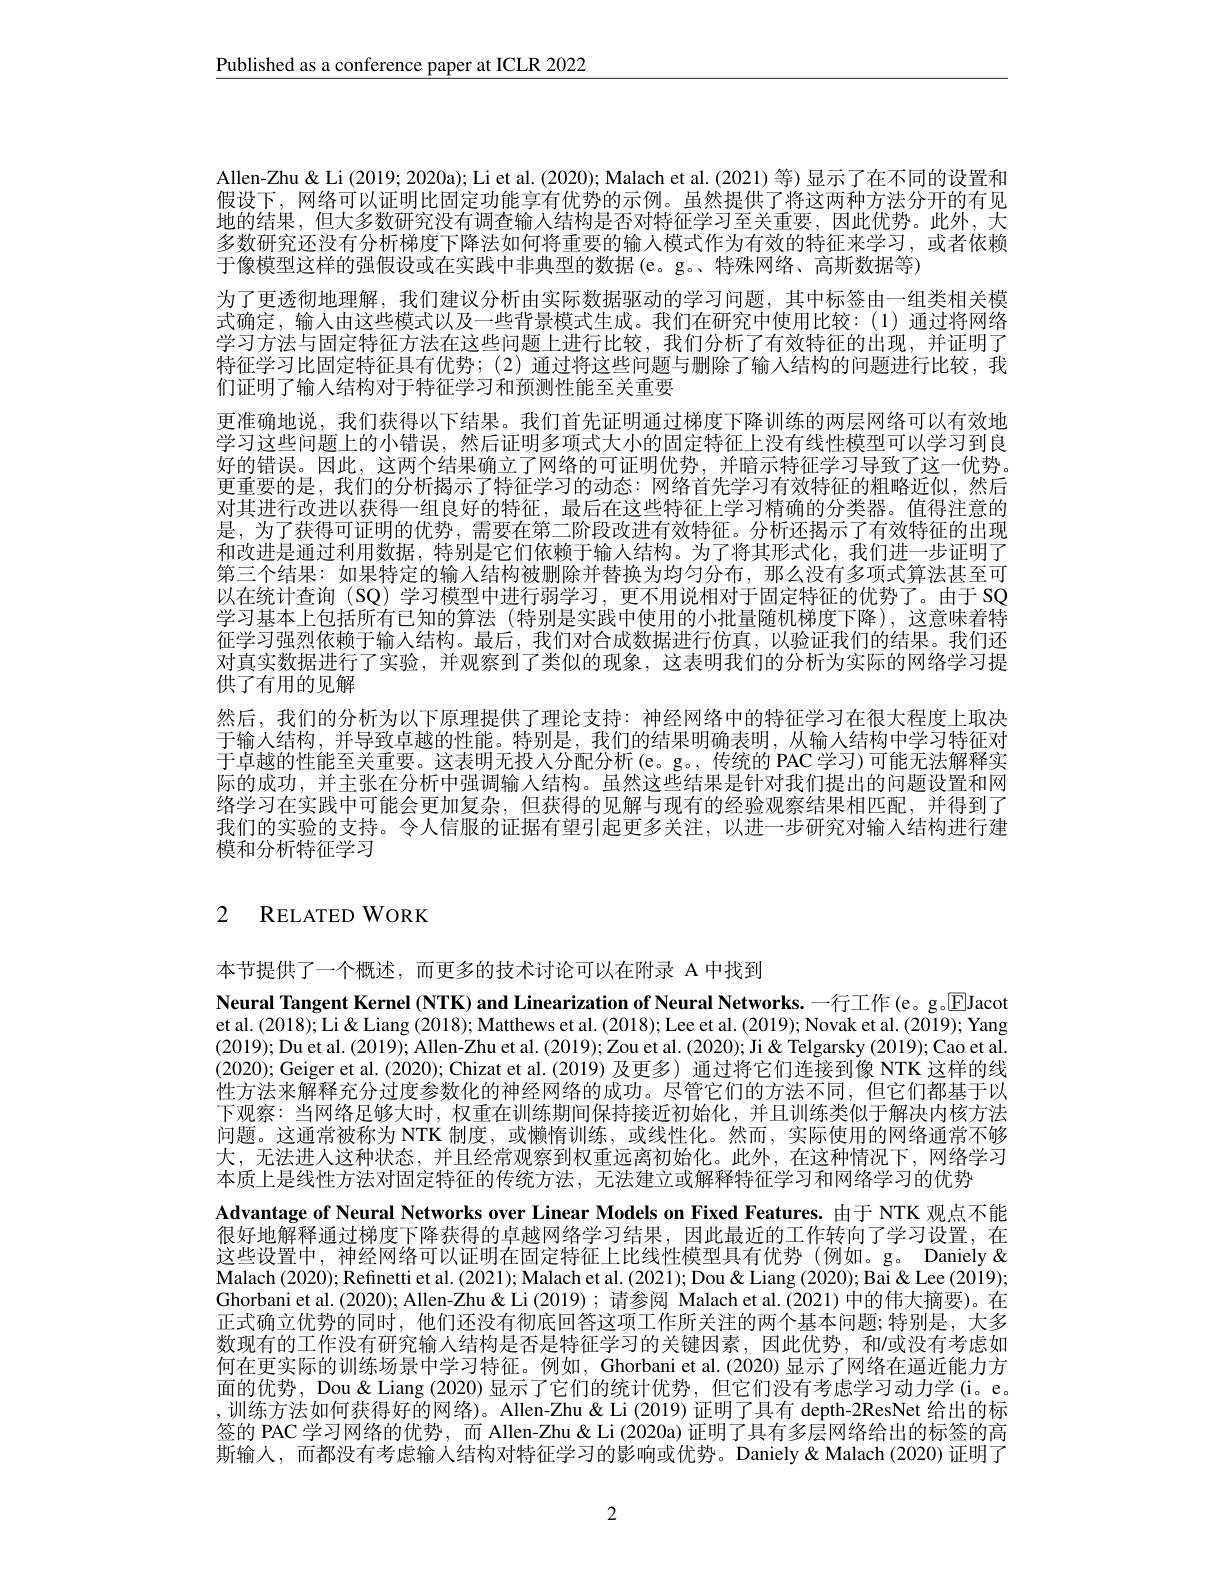
Published as a conference paper at ICLR 2022

Allen-Zhu& Li (2019; 2020a); Li et al. (2020); Malach et al. (2021) 等) 显示了在不同的设置和假设下，网络可以证明比固定功能享有优势的示例。虽然提供了将这两种方法分开的有见地的结果，但大多数研究没有调查输入结构是否对特征学习至关重要，因此优势。此外，大多数研究还没有分析梯度下降法如何将重要的输人模式作为有效的特征来学习，或者依赖于像模型这样的强假设或在实践中非典型的数据(e。g。、特殊网络、高斯数据等)
为了更透彻地理解，我们建议分析由实际数据驱动的学习问题，其中标签由一组类相关模式确定，输入由这些模式以及一些背景模式生成。我们在研究中使用比较：(1)通过将网络学习方法与固定特征方法在这些问题上进行比较，我们分析了有效特征的出现，并证明了特征学习比固定特征具有优势；(2)通过将这些问题与删除了输入结构的问题进行比较，我们证明了输入结构对于特征学习和预测性能至关重要
更准确地说，我们获得以下结果。我们首先证明通过梯度下降训练的两层网络可以有效地学习这些问题上的小错误，然后证明多项式大小的固定特征上没有线性模型可以学习到良好的错误。因此，这两个结果确立了网络的可证明优势，并暗示特征学习导致了这一优势。更重要的是，我们的分析揭示了特征学习的动态：网络首先学习有效特征的粗略近似，然后对其进行改进以获得一组良好的特征，最后在这些特征上学习精确的分类器。值得注意的是，为了获得可证明的优势，需要在第二阶段改进有效特征。分析还揭示了有效特征的出现和改进是通过利用数据，特别是它们依赖于输人结构。为了将其形式化，我们进一步证明了第三个结果：如果特定的输入结构被删除并替换为均匀分布，那么没有多项式算法甚至可以在统计查询(SQ)学习模型中进行弱学习，更不用说相对于固定特征的优势了。由于 SQ 学习基本上包括所有已知的算法(特别是实践中使用的小批量随机梯度下降),这意味着特征学习强烈依赖于输人结构。最后，我们对合成数据进行仿真，以验证我们的结果。我们还对真实数据进行了实验，并观察到了类似的现象，这表明我们的分析为实际的网络学习提供了有用的见解
然后，我们的分析为以下原理提供了理论支持：神经网络中的特征学习在很大程度上取决于输入结构，并导致卓越的性能。特别是，我们的结果明确表明，从输入结构中学习特征对于卓越的性能至关重要。这表明无投人分配分析(e。g。,传统的 PAC 学习) 可能无法解释实际的成功，并主张在分析中强调输人结构。虽然这些结果是针对我们提出的问题设置和网络学习在实践中可能会更加复杂，但获得的见解与现有的经验观察结果相匹配，并得到了我们的实验的支持。令人信服的证据有望引起更多关注，以进一步研究对输入结构进行建模和分析特征学习

# 2 RELATED WORK

本节提供了一个概述，而更多的技术讨论可以在附录 A 中找到
Neural Tangent Kernel (NTK) and Linearization of Neural Networks. 一行工作 (e。g。$\boxed{\mathrm{E}}$Jacot et al.(2018); Li & Liang (2018); Matthews et al. (2018); Lee et al. (2019); Novak et al. (2019); Yang (2019);Du et al. (2019); Allen-Zhu et al. (2019); Zou et al. (2020); Ji& Telgarsky (2019); Cao et al. (2020); Geiger et al. (2020); Chizat et al. (2019) 及更多) 通过将它们连接到像 NTK 这样的线性方法来解释充分过度参数化的神经网络的成功。尽管它们的方法不同，但它们都基于以下观察：当网络足够大时，权重在训练期间保持接近初始化，并且训练类似于解决内核方法问题。这通常被称为 NTK 制度，或懒惰训练，或线性化。然而，实际使用的网络通常不够大，无法进入这种状态，并且经常观察到权重远离初始化。此外，在这种情况下，网络学习本质上是线性方法对固定特征的传统方法，无法建立或解释特征学习和网络学习的优势
Advantage of Neural Networks over Linear Models on Fixed Features. 由于 NTK 观点不能很好地解释通过梯度下降获得的卓越网络学习结果，因此最近的工作转向了学习设置，在这些设置中，神经网络可以证明在固定特征上比线性模型具有优势(例如。g。Daniely& Malach (2020); Refinetti et al. (2021); Malach et al. (2021); Dou &Liang (2020); Bai & Lee (2019); Ghorbani et al.(2020); Allen-Zhu& Li(2019); 请参阅 Malach et al.(2021) 中的伟大摘要)。在正式确立优势的同时，他们还没有彻底回答这项工作所关注的两个基本问题；特别是，大多数现有的工作没有研究输入结构是否是特征学习的关键因素，因此优势，和/或没有考虑如何在更实际的训练场景中学习特征。例如，Ghorbani et al.(2020)显示了网络在逼近能力方面的优势，Dou & Liang (2020) 显示了它们的统计优势，但它们没有考虑学习动力学 (i。e。,训练方法如何获得好的网络)。Allen-Zhu& Li (2019) 证明了具有 depth-2ResNet 给出的标签的 PAC 学习网络的优势，而 Allen-Zhu& Li (2020a) 证明了具有多层网络给出的标签的高斯输入，而都没有考虑输人结构对特征学习的影响或优势。Daniely&Malach (2020) 证明了

2